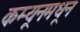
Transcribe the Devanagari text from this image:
कम्यूनमधून